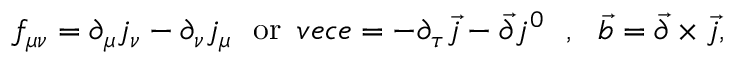
f _ { \mu \nu } = \partial _ { \mu } j _ { \nu } - \partial _ { \nu } j _ { \mu } \ \ \mathrm { o r } \ \, v e c { e } = - \partial _ { \tau } \vec { j } - \vec { \partial } j ^ { 0 } \ \ , \ \ \vec { b } = \vec { \partial } \times \vec { j } ,